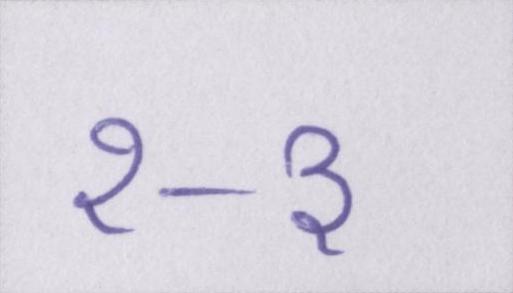
२-३